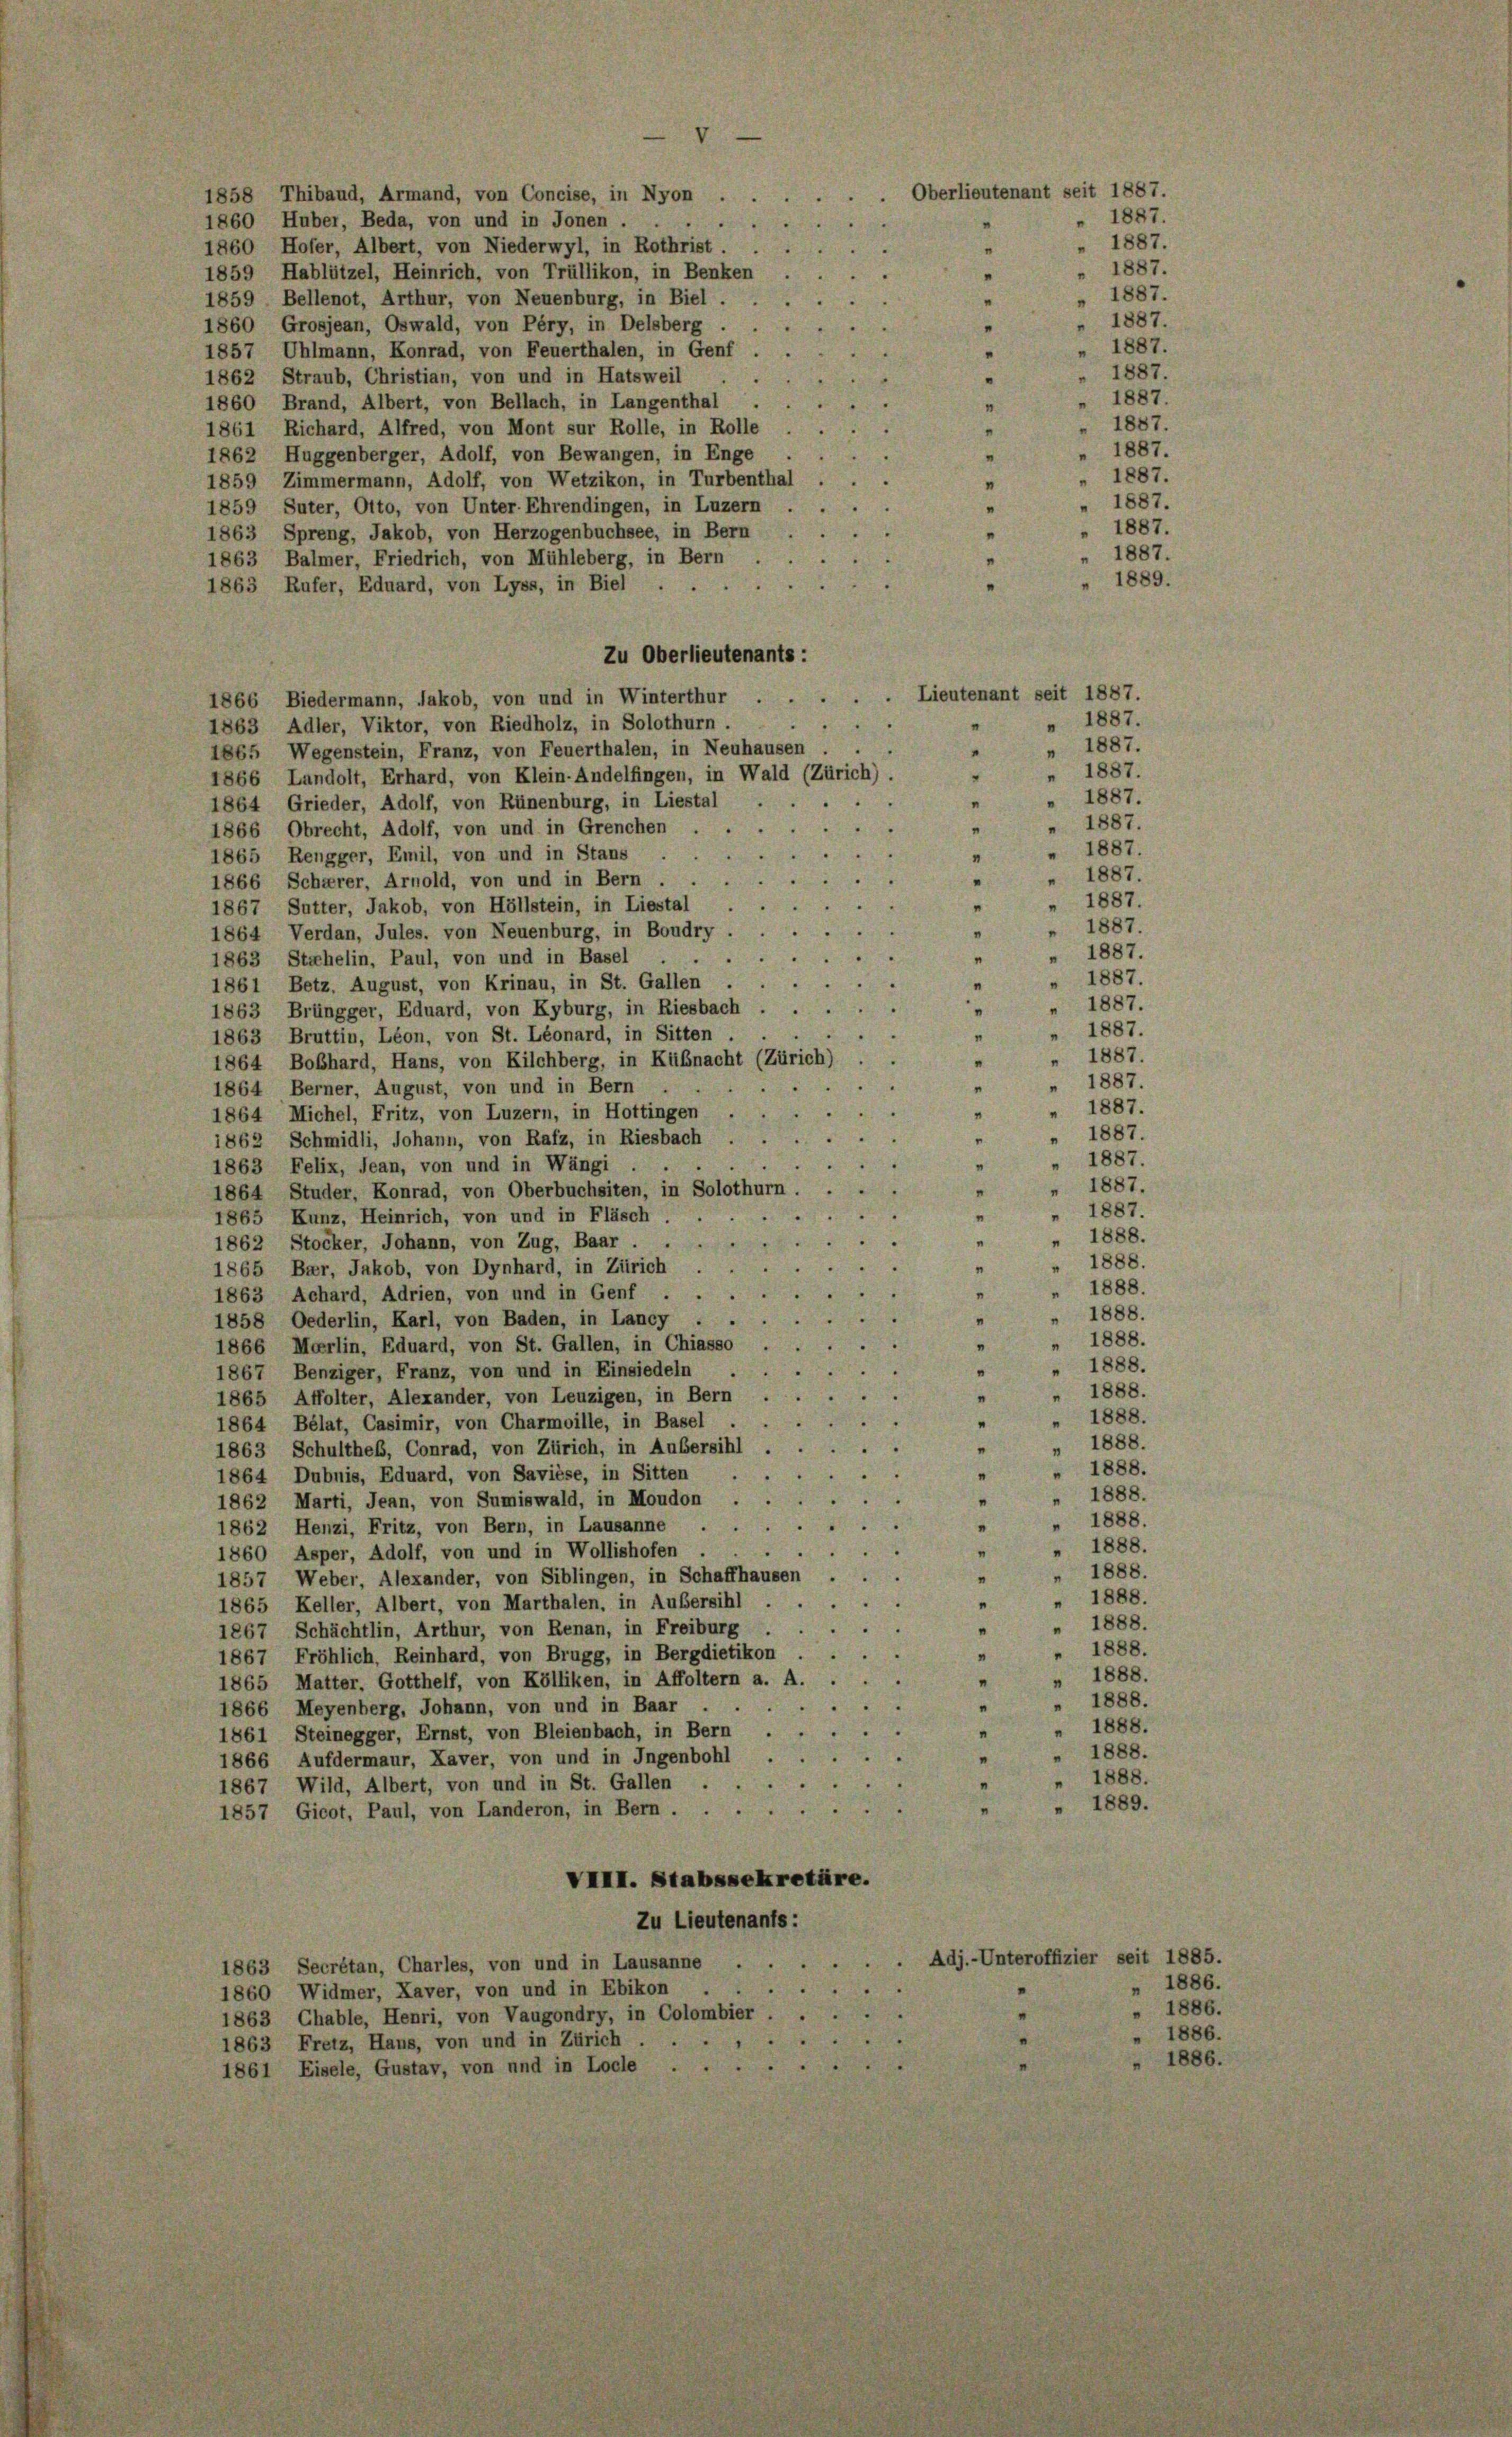
1858 Thibaud, Armand, von Concise, in Nyon .
1860 Huber, Beda, von und in Jonen . .
1860 Hofer, Albert, von Niederwyl, in Rothrist
1859 Hablützel, Heinrich, von Trüllikon, in Benken
1859 Bellenot, Arthur, von Neuenburg, in Biel.
1860 Grosjean, Oswald, von Péry, in Delsberg.
1857 Uhlmann, Konrad, von Feuerthalen, in Genf
1862 Straub, Christian, von und in Hatsweil
1860 Brand, Albert, von Bellach, in Langenthal
1861 Richard, Alfred, von Mont sur Rolle, in Rolle
1862 Huggenberger, Adolf, von Bewangen, in Enge
1859 Zimmermann, Adolf, von Wetzikon, in Turbenthal
1859 Suter, Otto, von Unter-Ehrendingen, in Luzern
1863 Spreng, Jakob, von Herzogenbuchsee, in Bern
"
1887.
1863 Balmer, Friedrich, von Mühleberg, in Bern
1889.
1863 Rufer, Eduard, von Lyss, in Biel
Zu Oberlieutenants:
Lieutenant seit 1887.
1866 Biedermann, Jakob, von und in Winterthur
" 1887.
.
1863 Adler, Viktor, von Riedholz, in Solothurn.
" 1887.
1865 Wegenstein, Franz, von Feuerthalen, in Neuhausen
“
" 1887.
.
1866 Landolt, Erhard, von Klein-Andelfingen, in Wald (Zürich).
" 1887.
1864 Grieder, Adolf, von Rünenburg, in Liestal
 1887.
1866 Obrecht, Adolf, von und in Grenchen . .
" 1887.
1865 Rengger, Emil, von und in Stans
“
" 1887.
2
1866 Scharer, Arnold, von und in Bern . .
"
" 1887.
.
"
1867 Sutter, Jakob, von Höllstein, in Liestal
" 1887.
1864 Verdan, Jules. von Neuenburg, in Boudry
"
 1887.
i
“
"
1863 Stahelin, Paul, von und in Basel
" 1887.
.
1861 Betz. August, von Krinau, in St. Gallen .
"
 1887.
.
1863 Brüngger, Eduard, von Kyburg, in Riesbach
1887.
n
1863 Bruttin, Léon, von St. Léonard, in Sitten
" 1887.
1864 Boßhard, Hans, von Kilchberg, in Küßnacht (Zürich)
"
" 1887.
1864 Berner, August, von und in Bern
"
 1887.
1864 Michel, Fritz, von Luzern, in Hottingen
"
" 1887.
"
1862 Schmidli, Johann, von Rafz, in Riesbach
" 1887.
.
1863 Felix, Jean, von und in Wängi
 1887.
"
1864 Studer, Konrad, von Oberbuchsiten, in Solothurn.
 1887.
"
1865 Kunz, Heinrich, von und in Fläsch.
 1888.
"
1862 Stocker, Johann, von Zug, Baar . .
 1888.
1865 Bar, Jakob, von Dynhard, in Zürich
n
 1888.
1863 Achard, Adrien, von und in Genf . .
"
 1888.
1858 Oederlin, Karl, von Baden, in Lancy .
"
" 1888.
1866 Merlin, Eduard, von St. Gallen, in Chiasso .
" 1888.
1867 Benziger, Franz, von und in Einsiedeln
"
1888.
1865 Affolter, Alexander, von Leuzigen, in Bern
"
1888.
1864 Bélat, Casimir, von Charmoille, in Basel
"
" 1888.

"
1863 Schulthes, Conrad, von Zürich, in Außersihl
" 1888.
e
"
1864 Dubnis, Eduard, von Savièse, in Sitten
 1888.
.
1862 Marti, Jean, von Sumiswald, in Moudon
" 1888.
6
1862 Henzi, Fritz, von Bern, in Lausanne .
1888.

“
1860 Asper, Adolf, von und in Wollishofen
" 1888.
3
1857 Weber, Alexander, von Siblingen, in Schaffhausen
 1888.
s
1865 Keller, Albert, von Marthalen, in Außersihl
" 1888.
1867 Schächtlin, Arthur, von Renan, in Freiburg
" 1888.
1867 Fröhlich, Reinhard, von Brugg, in Bergdietikon
" 1888.
1865 Matter, Gotthelf, von Kölliken, in Affoltern a. A.
" 1888.
.
1866 Meyenberg, Johann, von und in Baar
" 1888.
1861 Steinegger, Ernst, von Bleienbach, in Bern .
1888.
1866 Aufdermaur, Kaver, von und in Ingenbohl .
" 1888.
.
1867 Wild, Albert, von und in St. Gallen .
1889.
1857 Gicot, Paul, von Landeron, in Bern .
VIII. Stabssekretäre.
Zu Lieutenants:
Adj.-Unteroffizier seit 1885.
1863 Secrétan, Charles, von und in Lausanne
" 1886.
1860 Widmer, Kaver, von und in Ebikon
1863 Chable, Henri, von Vaugondry, in Colombier
1863 Fretz, Haus, von und in Zürich . .
1861 Eisele, Gustav, von und in Locle

Oberlieutenant seit 1887.
" 1887.
" 1887.
u
1887.
"
1887.
"
1887.
"
 1887.
“
1887.
1887.
n
1887.
1887.
1887.
n
1887.
.

1887.

1886.
1886.
1886.